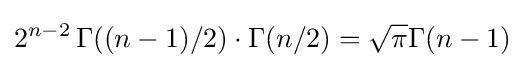
2^{n-2}\,\Gamma ((n-1)/2)\cdot \Gamma (n/2)={\sqrt {\pi }}\Gamma (n-1)